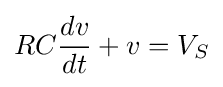
RC{dv \over dt}+v=V_{S}